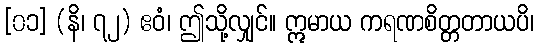
[၀၁] (နိ၊ ၇၂) ဧဝံ၊ ဤသို့လျှင်။ ဣမာယ ကရဏစိတ္တတာယပိ၊